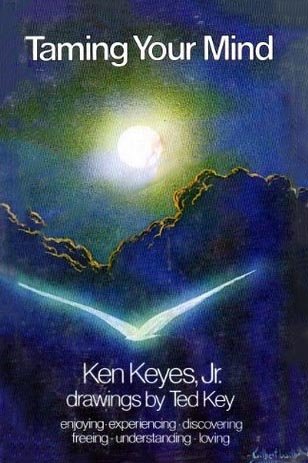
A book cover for Taming Your Mind; Ken Keyes; Science & Math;